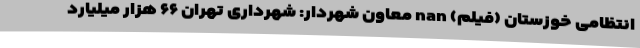
انتظامی خوزستان (فیلم) nan معاون شهردار: شهرداری تهران ۶۶ هزار میلیارد